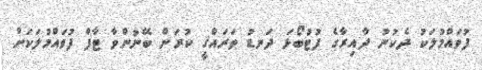
ފުވައްމުލަކު ދެކުނު ދާއިރާގެ ފުޓުބޯޅަ ދަނޑު ތަރައްޤީ ކުރަން ބޭނުންވާ ޓާފް ފުވައްމުލަކަށް